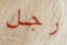
رجل